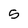
Character: 5